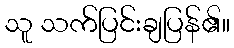
သူ သက်ပြင်းချပြန်၏။